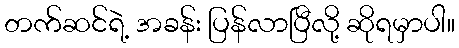
တက်ဆင်ရဲ့ အခန်း ပြန်လာပြီလို့ ဆိုရမှာပါ။